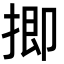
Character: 揤